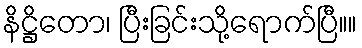
နိဋ္ဌိတော၊ ပြီးခြင်းသို့ရောက်ပြီ။။